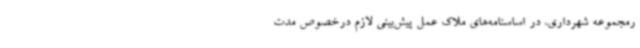
رمجموعه شهرداری، در اساسنامه‌های ملاک عمل پیش‌بینی لازم درخصوص مدت